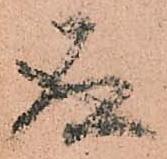
存